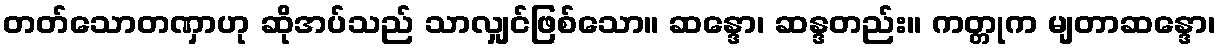
တတ်သောတဏှာဟု ဆိုအပ်သည် သာလျှင်ဖြစ်သော။ ဆန္ဒော၊ ဆန္ဒတည်း။ ကတ္တုက မျတာဆန္ဒော၊